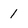
Character: 1